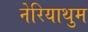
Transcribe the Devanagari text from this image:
नेरियाथुम